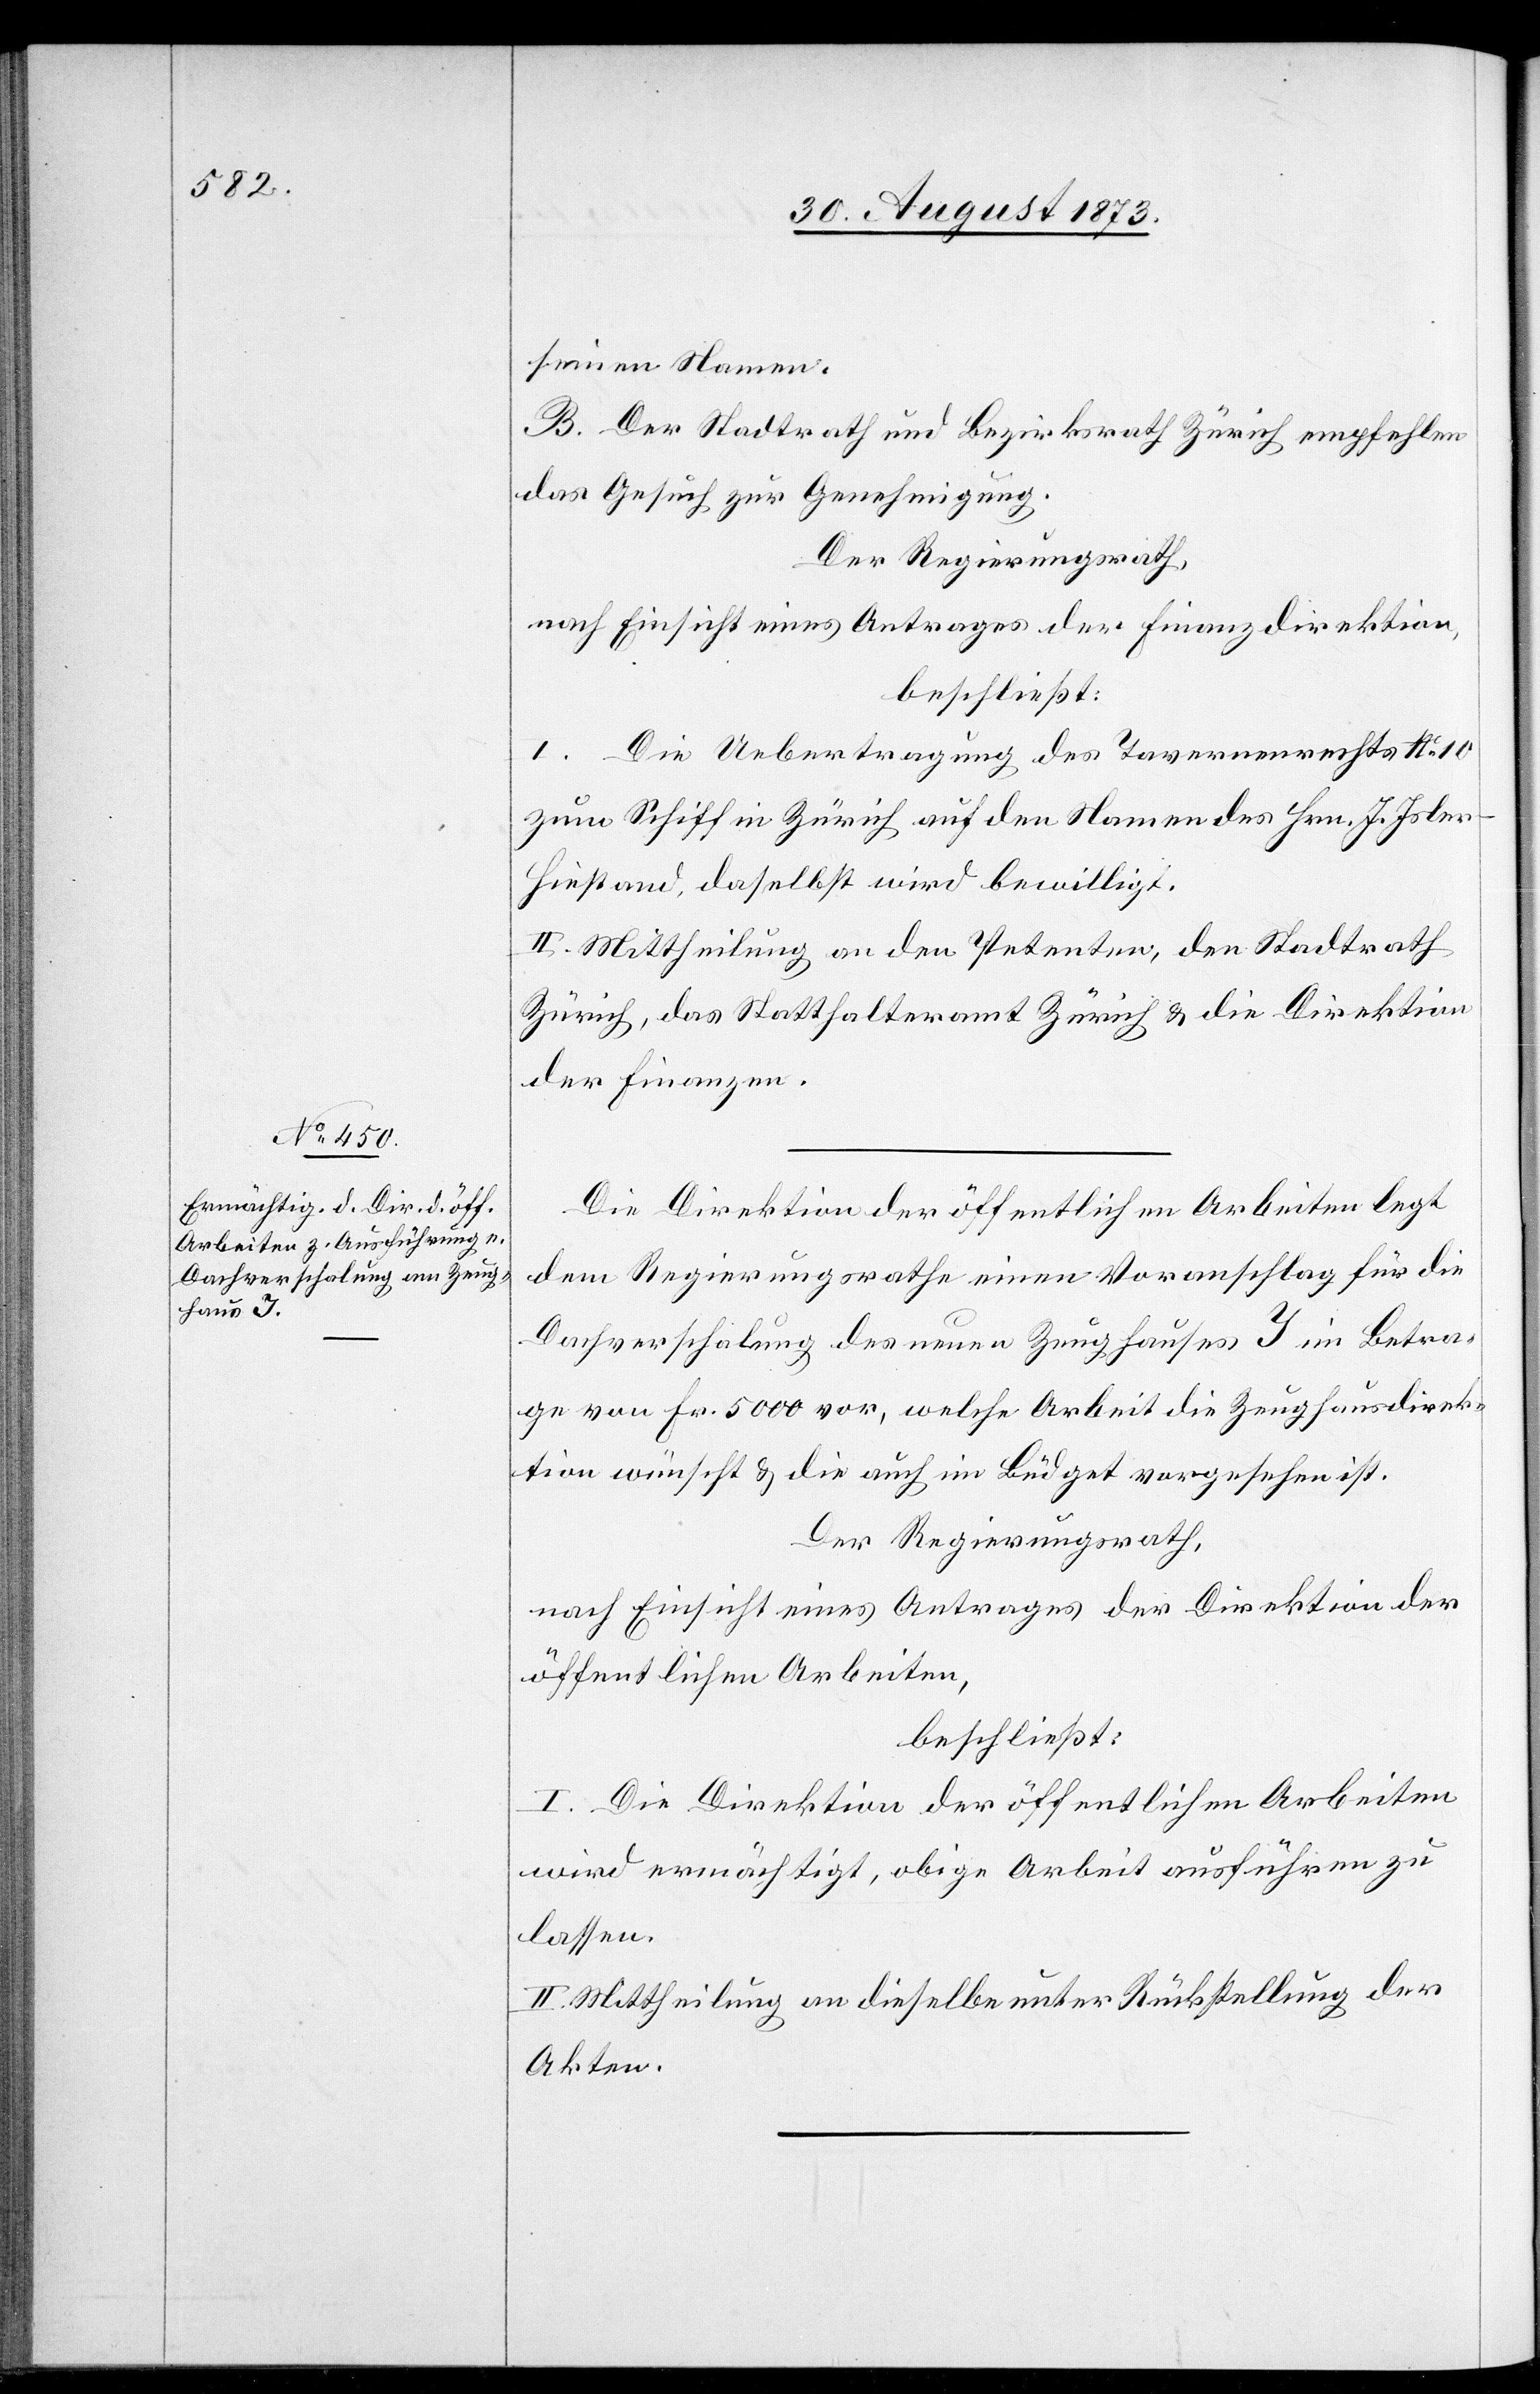
seinen Namen.
B. Der Stadtrath und Bezirksrath Zürich empfehlen
das Gesuch zur Genehmigung.
Der Regierungsrath,
nach Einsicht eines Antrages der Finanzdirektion,
beschließt:
I. Die Uebertragung des Tavernenrechts No 10
zum Schiff in Zürich auf den Namen des Hrn. J. Isle¬
r-Hiestand, daselbst wird bewilligt.
II. Mittheilung an den Petenten, den Stadtrath
Zürich, das Statthalteramt Zürich & die Direktion
der Finanzen.
Die Direktion der öffentlichen Arbeiten legt
dem Regierungsrathe einen Voranschlag für die
Dachverschalung des neuen Zeughauses I im Betra¬
ge von Fr. 5 000 vor, welche Arbeit die Zeughausdirek¬
tion wünscht & die auch im Büdget vorgesehen ist.
Der Regierungsrath,
nach Einsicht eines Antrages der Direktion der
öffentlichen Arbeiten,
beschließt:
I. Die Direktion der öffentlichen Arbeiten
wird ermächtigt, obige Arbeit ausführen zu
lassen.
II. Mittheilung an dieselbe unter Rückstellung der
Akten.